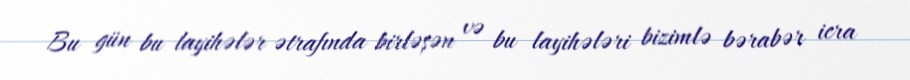
Bu gün bu layihələr ətrafında birləşən və bu layihələri bizimlə bərabər icra